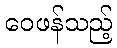
ဝေဖန်သည့်